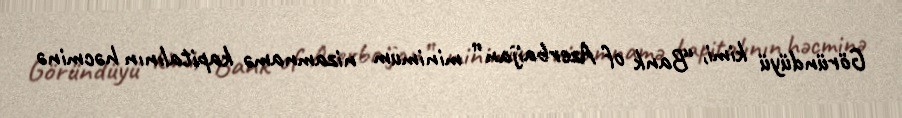
Göründüyü kimi, “Bank of Azerbaijan” minimum nizamnamə kapitalının həcminə